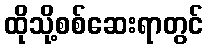
ထိုသို့စစ်ဆေးရာတွင်